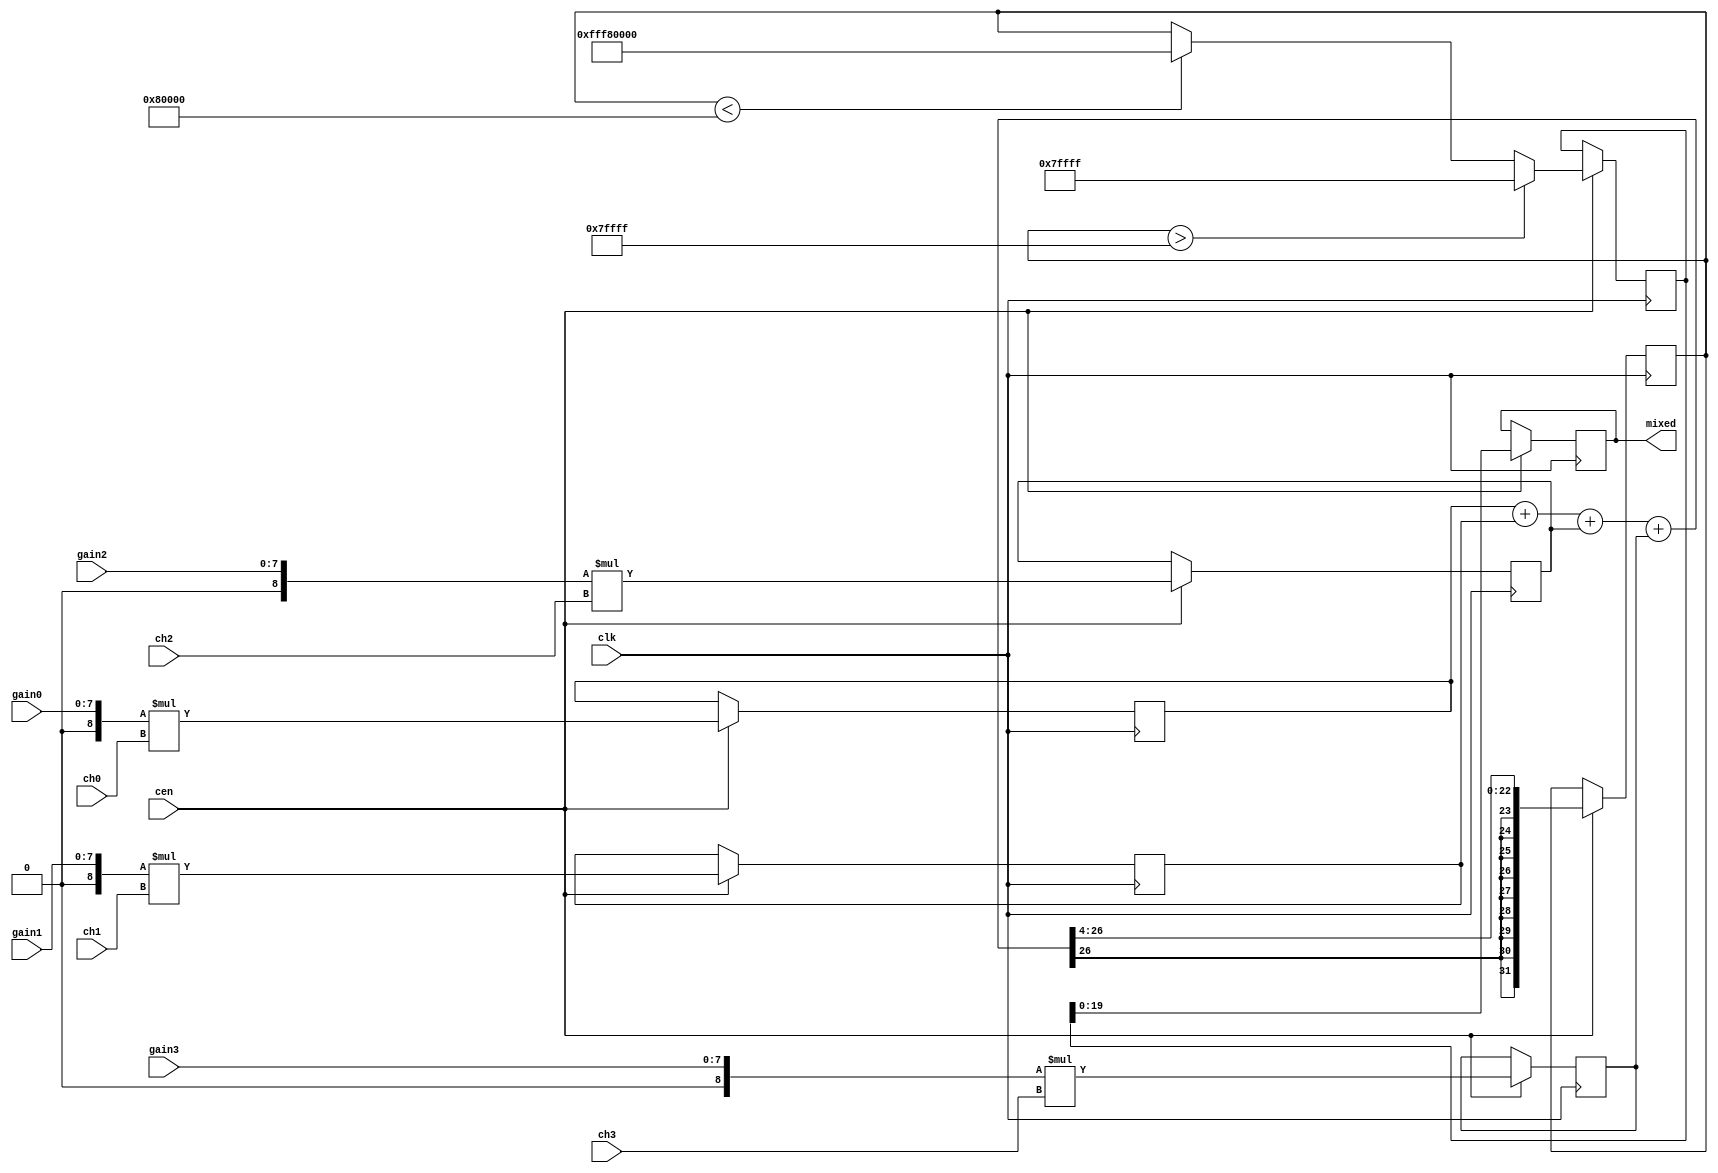
module jt12_mixer #(parameter w0=16,w1=16,w2=16,w3=16,wout=20)
(
    input                    clk,
    input                    cen,
    input  signed [w0-1:0]   ch0,
    input  signed [w1-1:0]   ch1,
    input  signed [w2-1:0]   ch2,
    input  signed [w3-1:0]   ch3,
    input  [7:0]             gain0,
    input  [7:0]             gain1,
    input  [7:0]             gain2,
    input  [7:0]             gain3,
    output reg signed [wout-1:0] mixed
);
reg signed [w0+7:0] ch0_amp;
reg signed [w1+7:0] ch1_amp;
reg signed [w2+7:0] ch2_amp;
reg signed [w3+7:0] ch3_amp;
wire signed [wout+11:0] scaled0 = { {wout+4-w0{ch0_amp[w0+7]}}, ch0_amp   };
wire signed [wout+11:0] scaled1 = { {wout+4-w1{ch1_amp[w1+7]}}, ch1_amp   };
wire signed [wout+11:0] scaled2 = { {wout+4-w2{ch2_amp[w2+7]}}, ch2_amp   };
wire signed [wout+11:0] scaled3 = { {wout+4-w3{ch3_amp[w3+7]}}, ch3_amp   };
reg signed [wout+11:0] sum, limited;
wire signed [wout+11:0] max_pos = { {12{1'b0}}, {(wout-1){1'b1}}};
wire signed [8:0]
    g0 = {1'b0, gain0},
    g1 = {1'b0, gain1},
    g2 = {1'b0, gain2},
    g3 = {1'b0, gain3};
always @(posedge clk) if(cen) begin
    ch0_amp <= g0 * ch0;
    ch1_amp <= g1 * ch1;
    ch2_amp <= g2 * ch2;
    ch3_amp <= g3 * ch3;
    sum     <= (scaled0 + scaled1 + scaled2 + scaled3)>>>4;
    limited <= sum>max_pos ? max_pos : (sum<~max_pos ? ~max_pos : sum);
    mixed   <= limited[wout-1:0];
end
endmodule